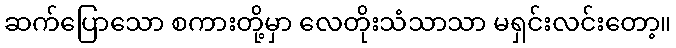
ဆက်ပြောသော စကားတို့မှာ လေတိုးသံသာသာ မရှင်းလင်းတော့။